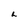
Character: L